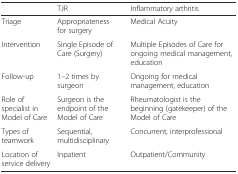
<table><thead><tr><td></td><td><b>TJR</b></td><td><b>Inflammatory arthritis</b></td></tr></thead><tbody><tr><td>Triage</td><td>Appropriateness for surgery</td><td>Medical Acuity</td></tr><tr><td>Intervention</td><td>Single Episode of Care (Surgery)</td><td>Multiple Episodes of Care for ongoing medical management, education</td></tr><tr><td>Follow-up</td><td>1–2 times by surgeon</td><td>Ongoing for medical management, education</td></tr><tr><td>Role of specialist in Model of Care</td><td>Surgeon is the endpoint of the Model of Care</td><td>Rheumatologist is the beginning (gatekeeper) of the Model of Care</td></tr><tr><td>Types of teamwork</td><td>Sequential, multidisciplinary</td><td>Concurrent, interprofessional</td></tr><tr><td>Location of service delivery</td><td>Inpatient</td><td>Outpatient/Community</td></tr></tbody></table>